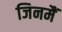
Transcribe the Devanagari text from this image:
जिनमैं